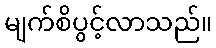
မျက်စိပွင့်လာသည်။